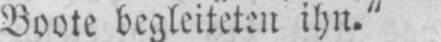
Boote begleiteten ihn.“